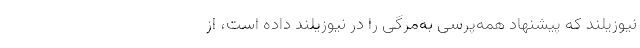
نیوزیلند که پیشنهاد همه‌پرسی به‌مرگی را در نیوزیلند داده است، از